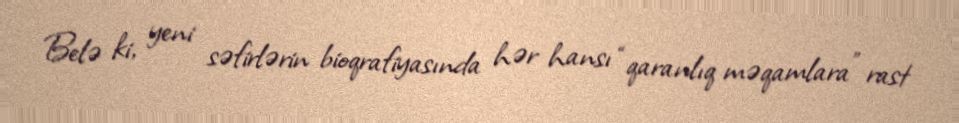
Belə ki, yeni səfirlərin bioqrafiyasında hər hansı “qaranlıq məqamlara” rast